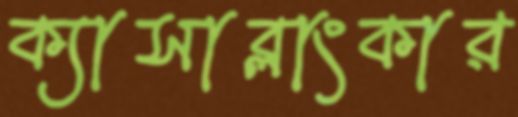
ক্যাসাব্লাংকার